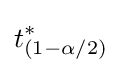
t_{(1-\alpha /2)}^{*}